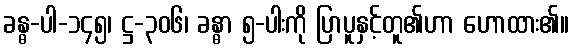
ခန္ဓ-ပါ-၁၄၅၊ ဋ္ဌ-၃၀၆၊ ခန္ဓာ ၅-ပါးကို ပြာပူနှင့်တူ၏ဟာ ဟောထား၏။